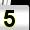
Digit: 5